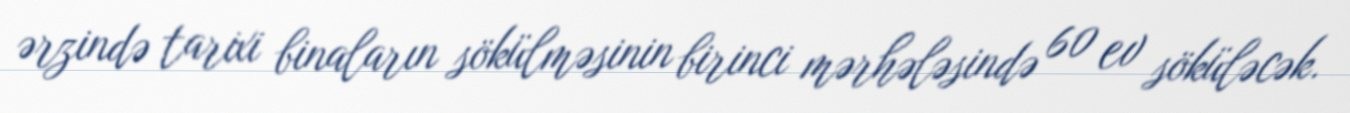
ərzində tarixi binaların sökülməsinin birinci mərhələsində 60 ev söküləcək.